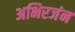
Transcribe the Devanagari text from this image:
अभिरजंन